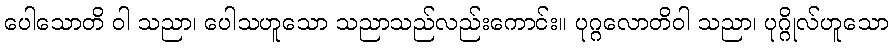
ပေါသောတိ ဝါ သညာ၊ ပေါသဟူသော သညာသည်လည်းကောင်း။ ပုဂ္ဂလောတိဝါ သညာ၊ ပုဂ္ဂိုလ်ဟူသော